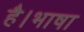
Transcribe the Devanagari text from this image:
है।भाषा